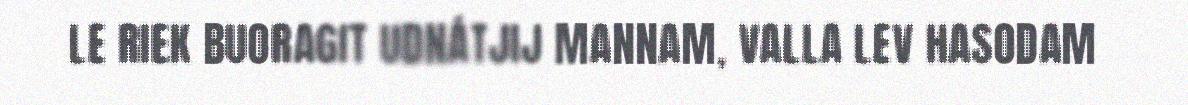
LE RIEK BUORAGIT UDNÁTJIJ MANNAM, VALLA LEV HASODAM